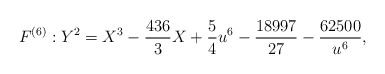
\begin{align*} F^{(6)} : Y^2 = X^3 -\frac{436}{3}X +\frac{5}{4}u^6 -\frac{18997}{27} - \frac{62500}{u^6},\end{align*}